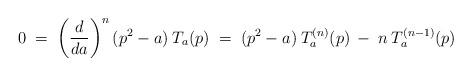
LaTeX: \begin{align*}0 \;=\; \left(\frac{d}{da}\right)^{n} (p^2-a) \: T_a(p) \;=\; (p^2-a) \: T^{(n)}_a(p) \:-\: n \: T_a^{(n-1)}(p)\end{align*}